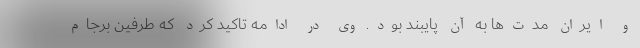
و ایران مدت‌ها به آن پایبند بود. وی در ادامه تاکید کرد که طرفین برجام